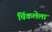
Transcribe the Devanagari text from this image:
चिंकलेला